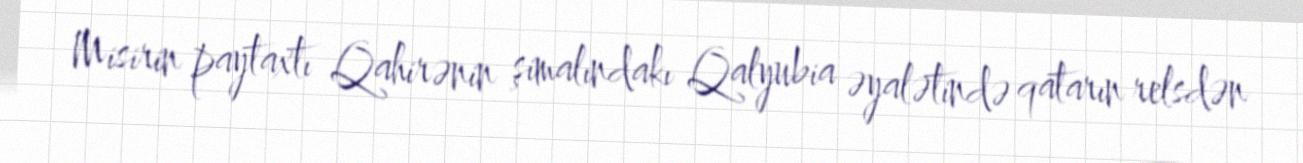
Misirin paytaxtı Qahirənin şimalındakı Qalyubia əyalətində qatarın relsdən